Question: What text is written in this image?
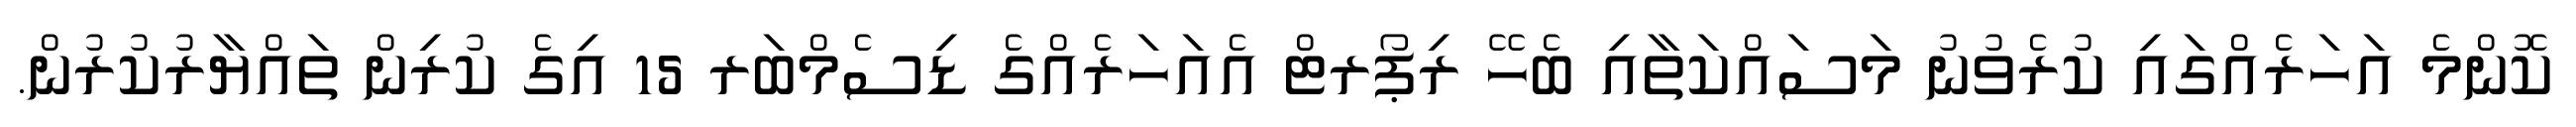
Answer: ކޮންމެ އަހަރެއްގައި ކުރެވުނު މަސައްކަތާއި ބެހޭ ރިޕޯރޓް އެއަހަރެއްގެ ޑިސެމްބަރ 15 އިގެ ކުރިން ތައްޔާރުކުރުން.